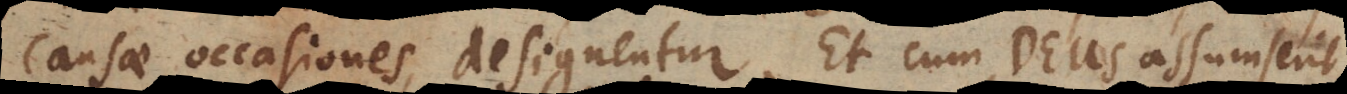
causae, occasiones designentur. Et cum Deus assumserit